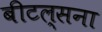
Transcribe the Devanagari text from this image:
बीटल्सना